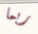
ربما